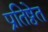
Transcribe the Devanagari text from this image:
प्रतिष्ठेत